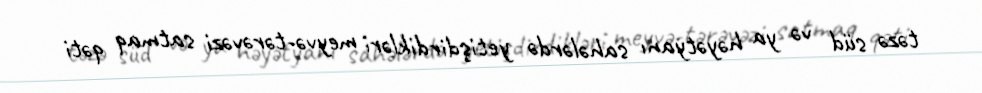
təzə süd və ya həyətyanı sahələrdə yetişdirdikləri meyvə-tərəvəzi satmaq qəti